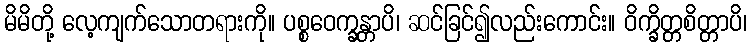
မိမိတို့ လေ့ကျက်သောတရားကို။ ပစ္စဝေက္ခန္တာပိ၊ ဆင်ခြင်၍လည်းကောင်း။ ဝိက္ခိတ္တစိတ္တာပိ၊